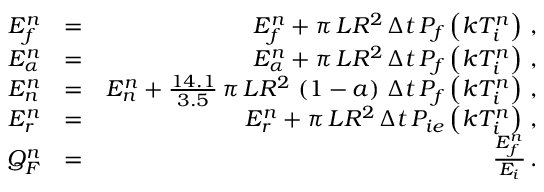
\begin{array} { r l r } { E _ { f } ^ { n } } & { = } & { E _ { f } ^ { n } + \pi \, L R ^ { 2 } \, \Delta t \, P _ { f } \left( k T _ { i } ^ { n } \right) \, , } \\ { E _ { \alpha } ^ { n } } & { = } & { E _ { \alpha } ^ { n } + \pi \, L R ^ { 2 } \, \Delta t \, P _ { f } \left( k T _ { i } ^ { n } \right) \, , } \\ { E _ { n } ^ { n } } & { = } & { E _ { n } ^ { n } + \frac { 1 4 . 1 } { 3 . 5 } \, \pi \, L R ^ { 2 } \, \left( 1 - a \right) \, \Delta t \, P _ { f } \left( k T _ { i } ^ { n } \right) \, , } \\ { E _ { r } ^ { n } } & { = } & { E _ { r } ^ { n } + \pi \, L R ^ { 2 } \, \Delta t \, P _ { i e } \left( k T _ { i } ^ { n } \right) \, , } \\ { Q _ { F } ^ { n } } & { = } & { \frac { E _ { f } ^ { n } } { E _ { i } } \, . } \end{array}